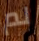
لم